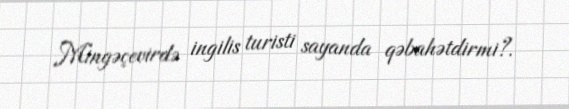
Mingəçevirdə ingilis turisti sayanda qəbahətdirmi?.